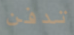
تدفن